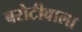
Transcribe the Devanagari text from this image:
बरोटीवाला